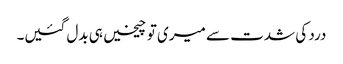
درد کی شدت سے میری تو چیخیں ہی بدل گئیں۔